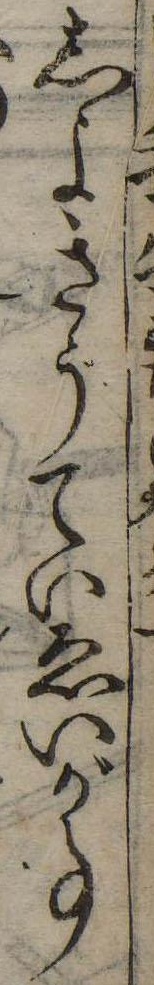
しよきうていゑいが事